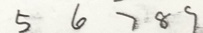
5 6 7 8 9